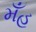
મઁહ